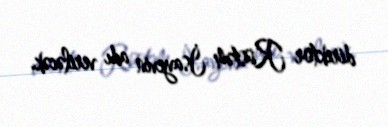
direktor Rüstəm İsayevin adı veriləcək.